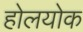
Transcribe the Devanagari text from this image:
होलयोक